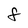
Character: f